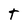
Character: T